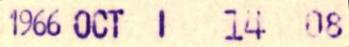
Hki-Hfors